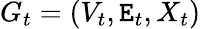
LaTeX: G_{t}=(V_{t},\mathtt{E}_{t},X_{t})